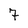
Character: 7